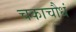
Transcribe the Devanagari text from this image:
चकाचौधं